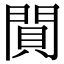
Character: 閴